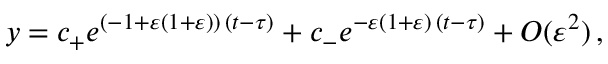
y = c _ { + } e ^ { ( - 1 + \varepsilon ( 1 + \varepsilon ) ) \, ( t - \tau ) } + c _ { - } e ^ { - \varepsilon ( 1 + \varepsilon ) \, ( t - \tau ) } + O ( \varepsilon ^ { 2 } ) \, ,